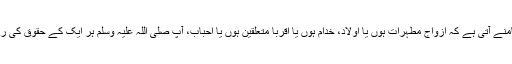
ایک مشکل ترین بات تھی لیکن حیات مبارکہ کے مطالعہ سے یہ بات کھل کر سامنے آتی ہے کہ ازواج مطہرات ہوں یا اولاد، خدام ہوں یا اقربا متعلقین ہوں یا احباب، آپ صلی اللہ علیہ وسلم ہر ایک کے حقوق کی رعایت فرماتے اور زندگی کے کسی بھی موڑ پر آپ اس سے غافل نظر نہیں آتے۔